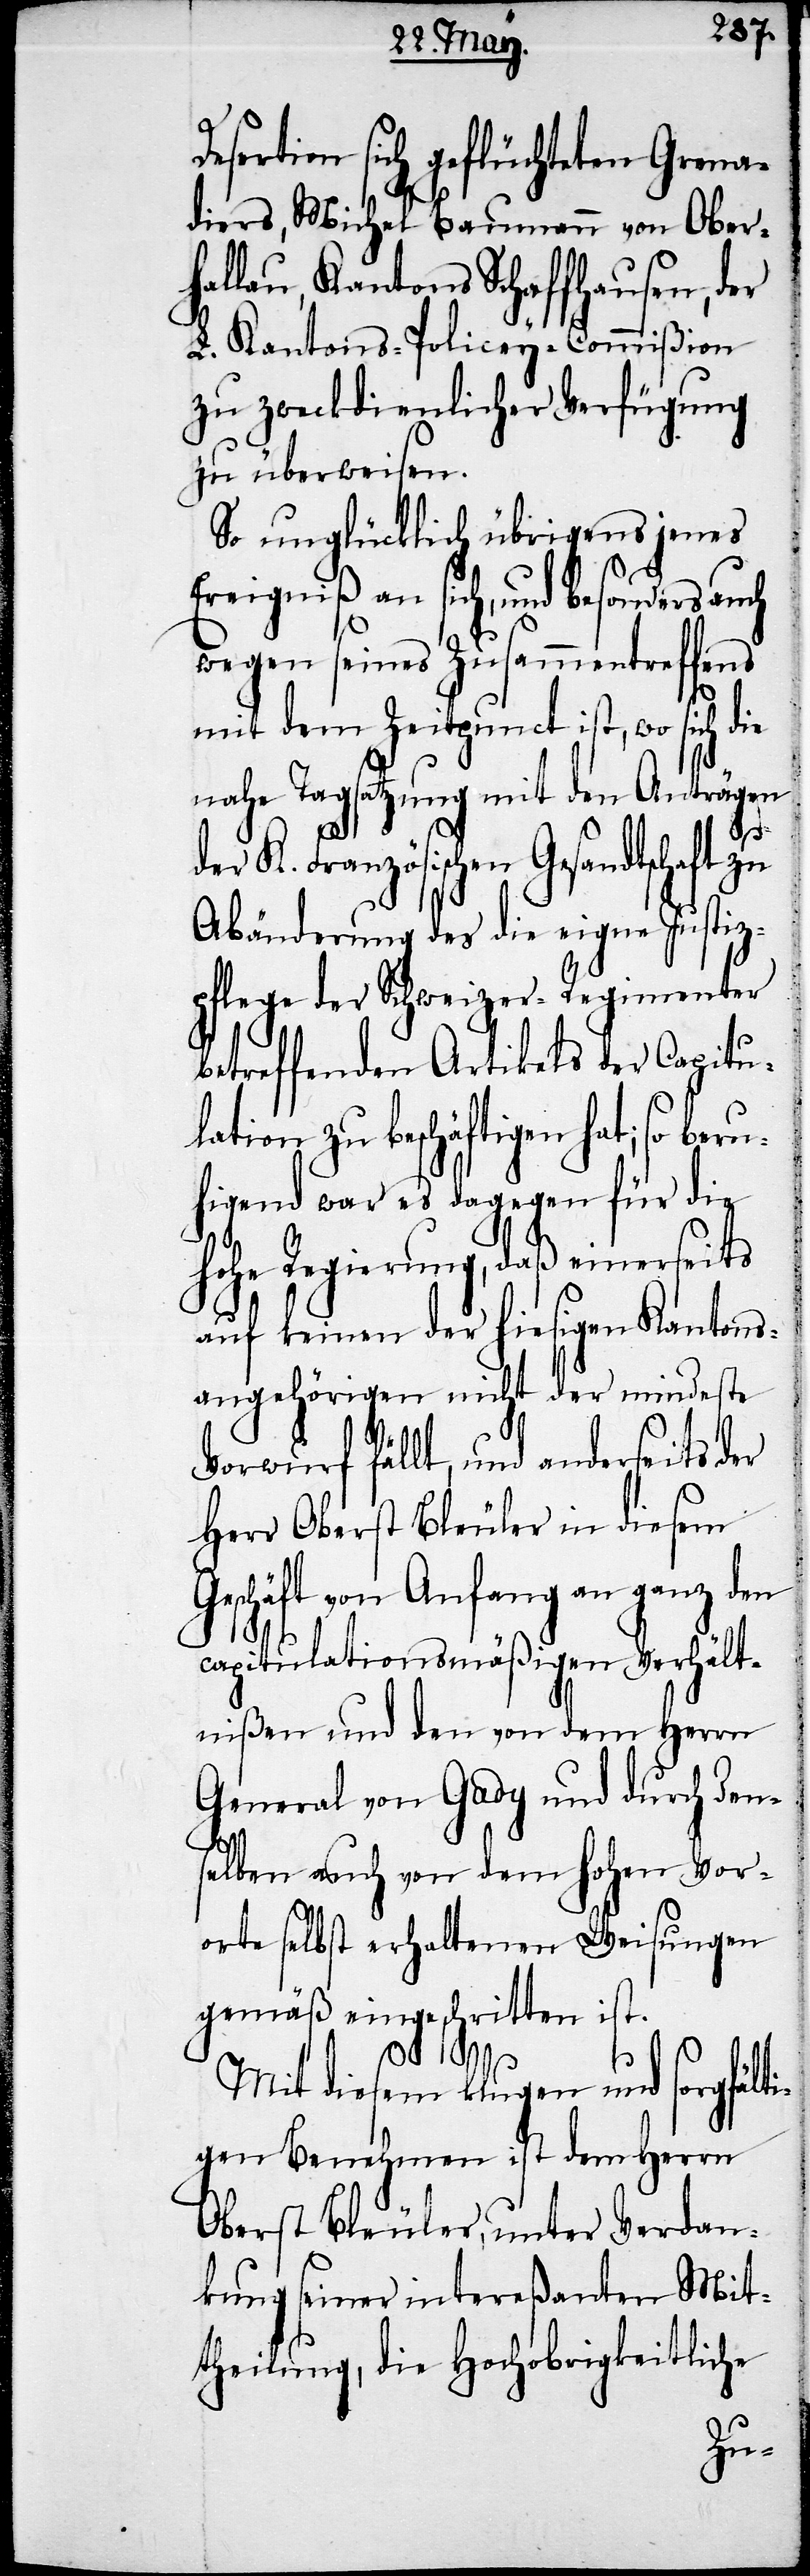
Desertion sich geflüchteten Grena¬
diers, Michel [sic!] Baumann von Ober¬
hallau, Kantons Schaffhausen, der
L. Kantons-Policey-Commißion
zu zweckdienlicher Verfügung
zu überweisen.
So unglücklich übrigens jenes
Ereigniß an sich, und besonders
wegen seines Zusammentreffens
mit dem Zeitpunct ist, wo sich die
nahe Tagsatzung mit den Anträgen
er K. Französichen Gesandtschaft zu
Abänderung des die eigne Justiz¬
pflege der Schweizer-Regimenter
betreffenden Artikels der Capitu¬
lation zu beschäftigen hat; so ber¬
uhigend war es dagegen für die
hohe Regierung, daß einerseits
auf keinen der hiesigen Kantons¬
angehörigen nicht der mindeste
Vorwurf fällt, und anderseits der
Herr Oberst Bleuler in diesem
Geschäft von Anfang an ganz den
capitulationmäßigen Verhält¬
nißen und den von dem Herrn
General von Gady und durch den¬
selben auch von dem hohen Vor¬
orte selbst erhaltenen Weisungen
gemäß eingeschritten ist.
d¬
Mit diesem klugen und sorgfält¬
igen Benehmen ist dem Herrn
Oberst Bleuler, unter Verdan¬
kung seiner intereßanten Mit¬
theilung, die Hochobrigkeitliche